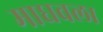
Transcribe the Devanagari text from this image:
माधवला